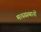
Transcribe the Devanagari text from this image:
मत्स्यस्थानों